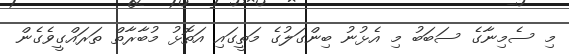
މި ސެމިނާގެ ސަބަބު މި އެޅުނު ބިންގަލުގެ މަތީގައި އަތޮޅު މުބާރާތް ތަރައްގީވެގެން